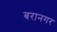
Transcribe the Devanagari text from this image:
बरानगर